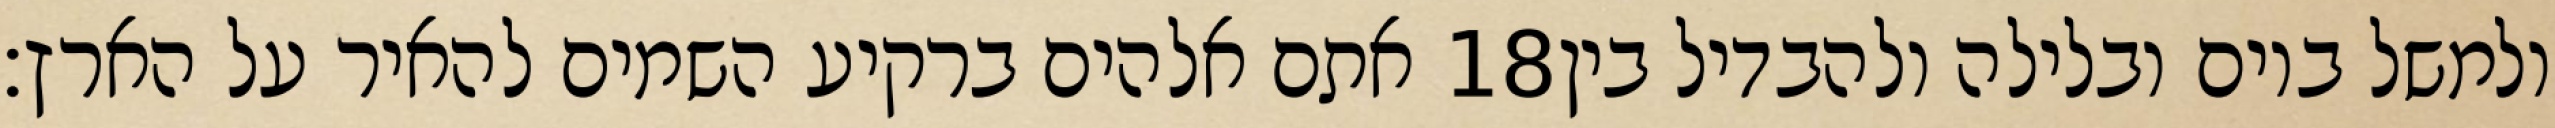
אתם אלהים ברקיע השמים להאיר על הארץ׃ ‎18‏ ולמשל ביום ובלילה ולהבדיל בין